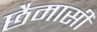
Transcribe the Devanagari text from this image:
छैमासी